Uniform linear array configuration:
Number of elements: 24
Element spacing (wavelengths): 0.25
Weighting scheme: binomial
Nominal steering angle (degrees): -45
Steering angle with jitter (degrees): -45.561
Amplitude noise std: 0.05
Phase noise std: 0.05

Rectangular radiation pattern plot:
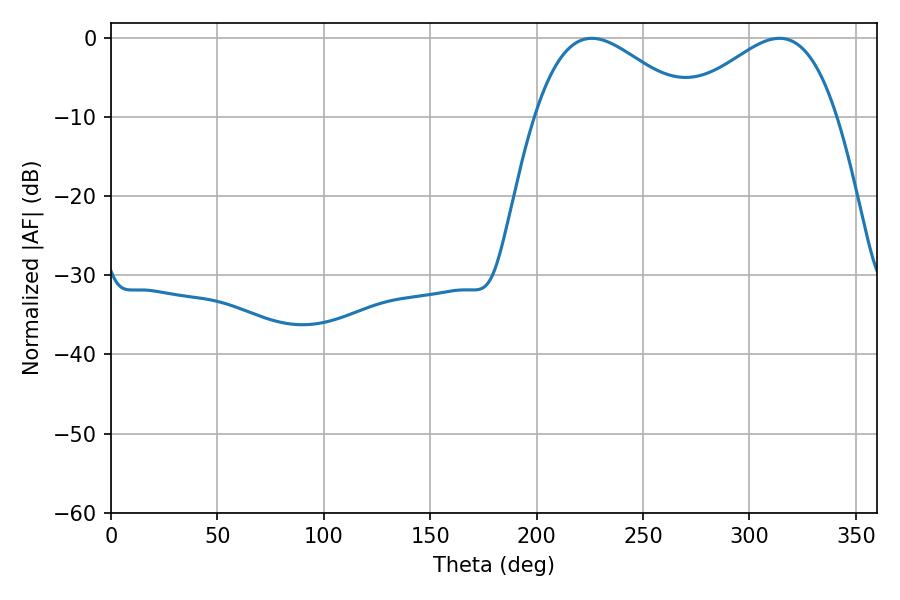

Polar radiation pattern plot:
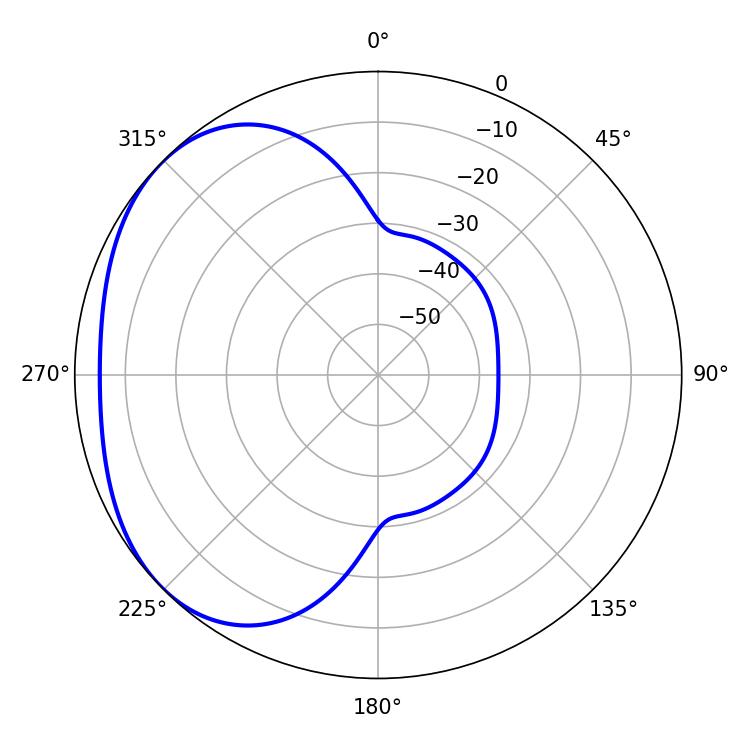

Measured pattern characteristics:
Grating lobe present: FALSE
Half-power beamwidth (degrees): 39.6
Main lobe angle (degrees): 225.9